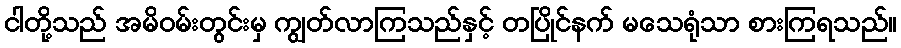
ငါတို့သည် အမိဝမ်းတွင်းမှ ကျွတ်လာကြသည်နှင့် တပြိုင်နက် မသေရုံသာ စားကြရသည်။